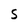
Character: S